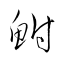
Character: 鮒